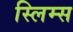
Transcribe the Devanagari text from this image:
स्लिम्स